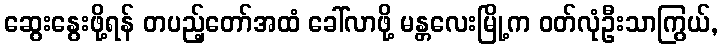
ဆွေးနွေးဖို့ရန် တပည့်တော်အထံ ခေါ်လာဖို့ မန္တလေးမြို့က ဝတ်လုံဦးသာကြွယ်,